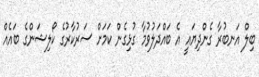
ބިލް އަނބުރާ ގެންދިޔައީ އެ ބައްދަލުވުމާ ގުޅިގެން ކަމަށް ސަރުކާރުގެ ކޯލިޝަންގެ ބައެއް